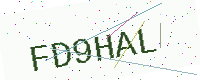
Text: FD9HAL